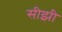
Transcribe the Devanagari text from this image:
सीझी